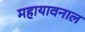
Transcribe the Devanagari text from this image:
महायावनाल